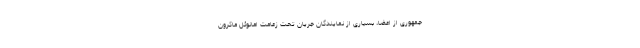
جمهوری از اعضا، بسیاری از نمایندگان جریان تحت زعامت امانوئل ماکرون